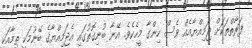
ފަރާތްތަކަށް ޖަމިއްޔާއެއް ވެސް ހިންގާ މީހެކެވެ. އޭނާ ބުނިގޮތުގައި އެޖަމިއްޔާގެ ބޭނުމަކީ ތިމާއަކީ